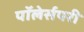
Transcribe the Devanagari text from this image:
पॉलेर्सपरी